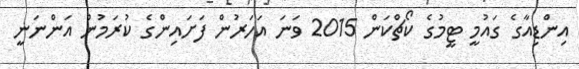
އިންޑިއާގެ ގައުމީ ޓީމުގެ ކޯޗްކަން 2015 ވަނަ އަހަރުން ފަށައިންގެ ކުރަމުން އަންނަނީ